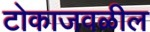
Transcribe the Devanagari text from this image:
टोकाजवळील